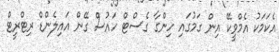
އެކަމަކު އެމްވީކޭ އިން ގަމުގައި ހިންގާ ގެސްޓް ހައުސް ގޭން އައިލެންޑް ރިޓްރީޓް